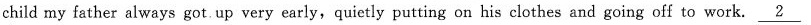
child my father always got. Up very early, quietly putting on his clothes and going off to work. \underline{2}